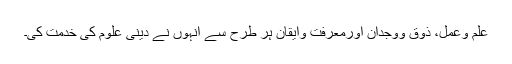
علم وعمل، ذوق ووجدان اورمعرفت وایقان ہر طرح سے انہوں نے دینی علوم کی خدمت کی۔